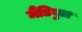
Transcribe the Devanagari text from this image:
मैंडिबुल